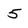
Character: 5